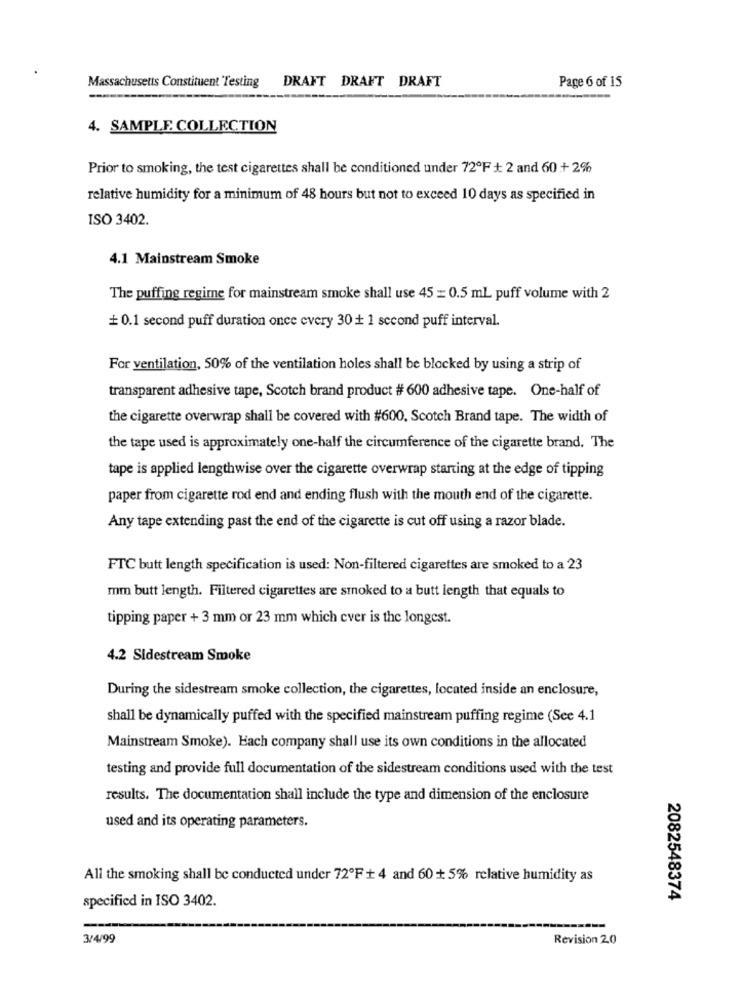
Massachusetts Constituent Testing
DRAFT DRAFT DRAFT
Page 6 of 15
4. SAMPLE COLLECTION
Prior to smoking, the test cigarettes shall be conditioned under 72ºF + 2 and 60 + 2%
relative humidity for a minimum of 48 hours but not to exceed 10 days as specified in
ISO 3402.
4.1 Mainstream Smoke
The puffing regime for mainstream smoke shall use 45 = 0.5 mL puff volume with 2
+0.1 second puff duration once every 30 + 1 second puff interval.
For ventilation, 50% of the ventilation holes shall be blocked by using a strip of
transparent adhesive tape, Scotch brand product # 600 adhesive tape. One-half of
the cigarette overwrap shall be covered with #600, Scotch Brand tape. The width of
the tape used is approximately one-half the circumference of the cigarette brand. The
tape is applied lengthwise over the cigarette overwrap starting at the edge of tipping
paper from cigarette rod end and ending flush with the mouth end of the cigarette.
Any tape extending past the end of the cigarette is cut off using a razor blade.
FTC butt length specification is used: Non-filtered cigarettes are smoked to a 23
mm butt length. Filtered cigarettes are smoked to a butt length that equals to
tipping paper + 3 mm or 23 mm which ever is the longest.
4.2 Sidestream Smoke
During the sidestream smoke collection, the cigarettes, located inside an enclosure,
shall be dynamically puffed with the specified mainstream puffing regime (See 4.1
Mainstream Smoke). Hach company shall use its own conditions in the allocated
testing and provide full documentation of the sidestream conditions used with the test
results. The documentation shall include the type and dimension of the enclosure
used and its operating parameters.
All the smoking shall be conducted under 72ºF + 4 and 60 + 5% relative humidity as
specified in ISO 3402.
2082548374
3/4/99
Revision 20